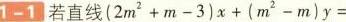
1-1 若直线 $$ ( 2 m ^ { 2 } + m - 3 ) x + ( m ^ { 2 } - m ) y =